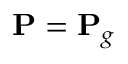
{ \mathbf { P } } = { \mathbf { P } } _ { g }